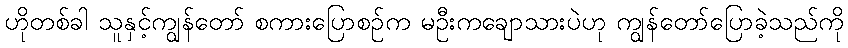
ဟိုတစ်ခါ သူနှင့်ကျွန်တော် စကားပြောစဉ်က မဦးကချောသားပဲဟု ကျွန်တော်ပြောခဲ့သည်ကို